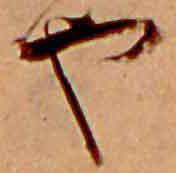
や